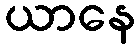
ယာနေ